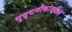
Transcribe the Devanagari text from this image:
युद्धनौकांमधील